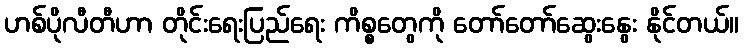
ဟစ်ပိုလီတီဟာ တိုင်းရေးပြည်ရေး ကိစ္စတွေကို တော်တော်ဆွေးနွေး နိုင်တယ်။